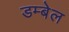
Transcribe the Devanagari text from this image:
डम्बेल